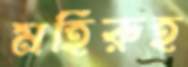
মহিরুহ